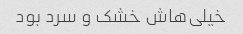
خیلی‌هاش خشک و سرد بود